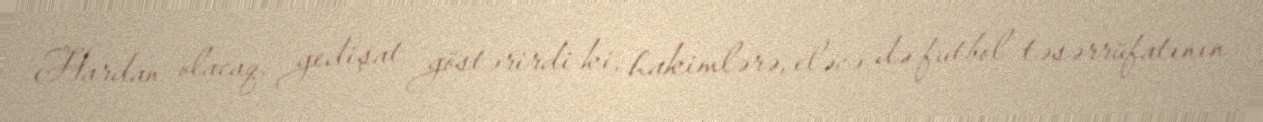
Hardan olacaq, gedişat göstərirdi ki, hakimlərə, eləcə də futbol təsərrüfatının